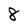
Character: 8